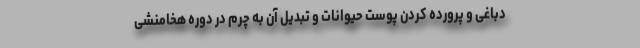
دباغی و پرورده کردن پوست حیوانات و تبدیل آن به چرم در دوره هخامنشی